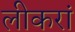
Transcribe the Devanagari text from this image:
लीकरां